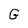
Character: G